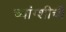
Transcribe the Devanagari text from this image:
च्यांग्शीची